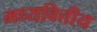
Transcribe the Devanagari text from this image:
मध्यवित्तीय